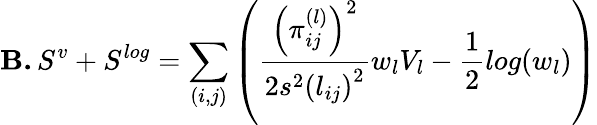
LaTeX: \textbf{B.}\, S^{v}+S^{log}=\sum_{(i,j)}\left(\frac{\left(\pi_{ij}^{(l)}\right)^{2}}{2s^{2}\left(l_{ij}\right)^{2}}w_{l}V_{l}-\frac{1}{2}log(w_{l})\right)